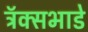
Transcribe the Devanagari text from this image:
ट्रॅक्सभाडे